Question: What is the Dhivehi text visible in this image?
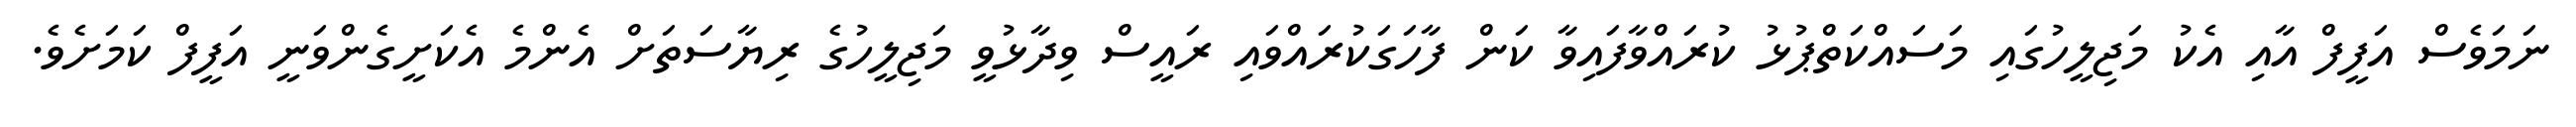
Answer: ނަމަވެސް އަފީފް އާއި އެކު މަޖިލީހުގައި މަސައްކަތްޕުޅު ކުރައްވާފައިވާ ކަން ފާހަގަކުރައްވައި ރައީސް ވިދާޅުވީ މަޖިލީހުގެ ރިޔާސަތަށް އެންމެ އެކަށީގެންވަނީ އަފީފް ކަމަށެވެ.